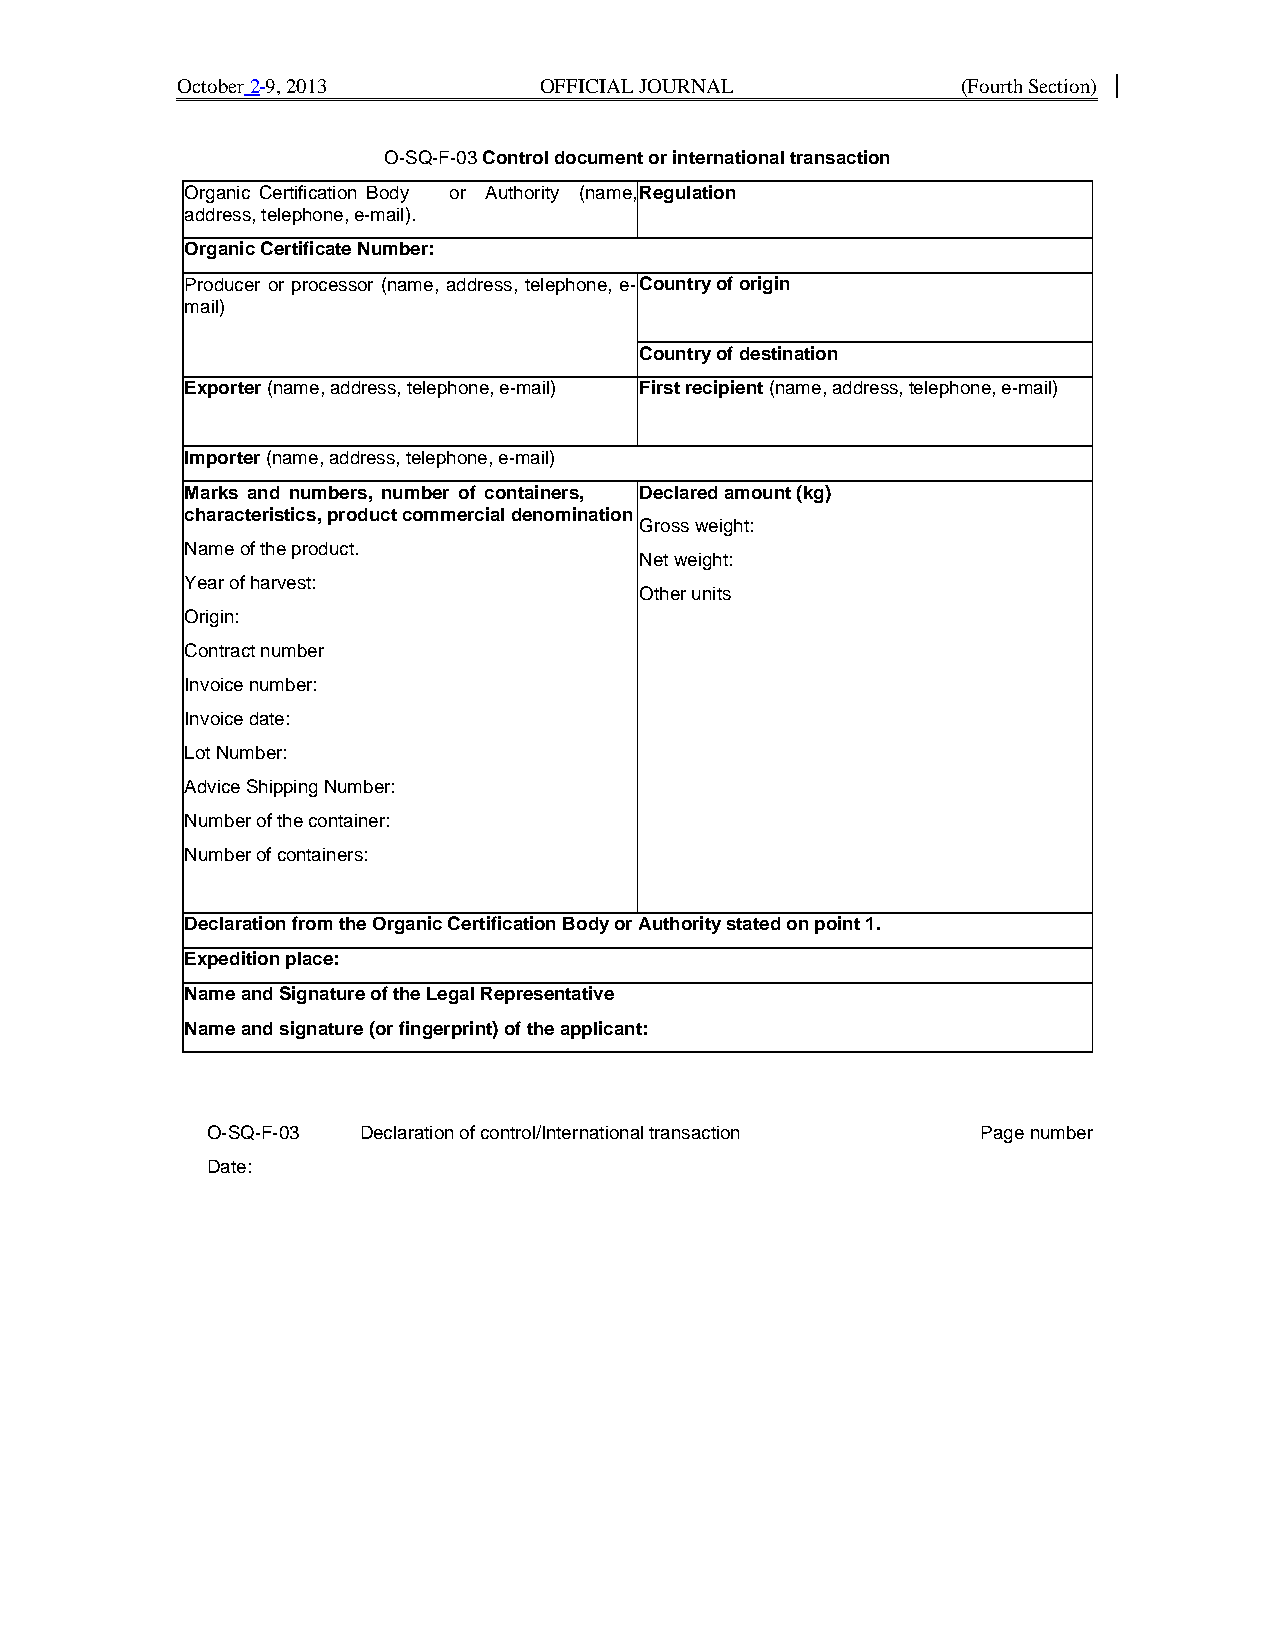
October 2 9, 2013       OFFICIAL JOURNAL            (Fourth Section)
 O-SQ-F-03 Control document or international transaction
 Organic Certification Body or Authority (name, Regulation
 address, telephone, e-mail).
 Organic Certificate Number:
 Producer or processor (name, address, telephone, e- Country of origin
 mail)
 Country of destination
 Exporter (name, address, telephone, e-mail) First recipient (name, address, telephone, e-mail)
 Importer (name, address, telephone, e-mail)
 Marks and numbers, number of containers, Declared amount (kg)
 characteristics, product commercial denomination
 Gross weight:
 Name of the product.
 Net weight:
 Year of harvest:
 Other units
 Origin:
 Contract number
 Invoice number:
 Invoice date:
 Lot Number:
 Advice Shipping Number:
 Number of the container:
 Number of containers:
 Declaration from the Organic Certification Body or Authority stated on point 1.
 Expedition place:
 Name and Signature of the Legal Representative
 Name and signature (or fingerprint) of the applicant:
 O-SQ-F-03 Declaration of control/International transaction Page number
 Date: